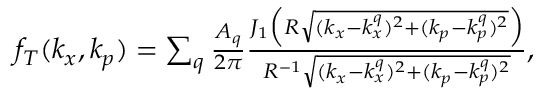
\begin{array} { r } { f _ { T } ( k _ { x } , k _ { p } ) = \sum _ { q } \frac { A _ { q } } { 2 \pi } \frac { J _ { 1 } \Big ( R \sqrt { ( k _ { x } - k _ { x } ^ { q } ) ^ { 2 } + ( k _ { p } - k _ { p } ^ { q } ) ^ { 2 } } \Big ) } { R ^ { - 1 } \sqrt { ( k _ { x } - k _ { x } ^ { q } ) ^ { 2 } + ( k _ { p } - k _ { p } ^ { q } ) ^ { 2 } } } , \ \ } \end{array}